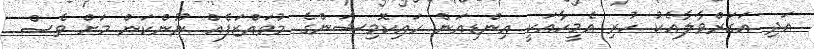
އަދި އަގަރްވާލާއެކު ހުރި އެމީހާއަކީ އިންޑިއަން ހައިކޮމިޝަންގެ މުވައްޒަފެއް ނޫންކަން މަށް ވެސް